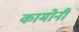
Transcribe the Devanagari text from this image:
कामोनी